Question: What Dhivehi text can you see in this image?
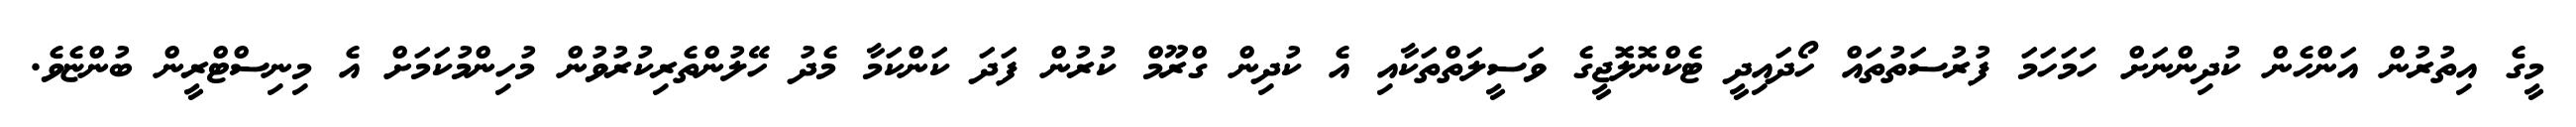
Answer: މީގެ އިތުރުން އަންހެން ކުދިންނަށް ހަމަހަމަ ފުރުސަތުތައް ހޯދައިދީ ޓެކްނޮލޮޖީގެ ވަސީލަތްތަކާއި އެ ކުދިން ގްރޫމް ކުރުން ފަދަ ކަންކަމާ މެދު ހޭލުންތެރިކުރުވުން މުހިންމުކަމަށް އެ މިނިސްޓްރީން ބުންޏެވެ.